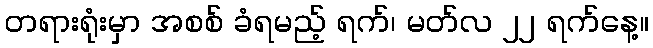
တရားရုံးမှာ အစစ် ခံရမည့် ရက်၊ မတ်လ ၂၂ ရက်နေ့။